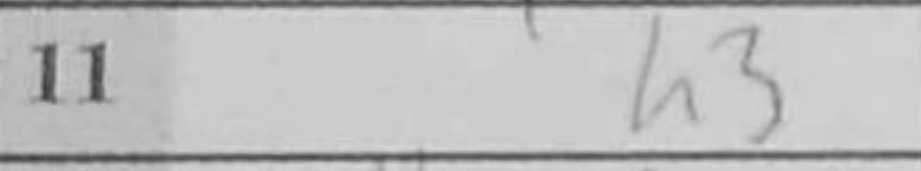
Transcription: h3